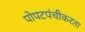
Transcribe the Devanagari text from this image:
पोपटपंचीकरता